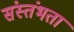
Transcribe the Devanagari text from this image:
संस्तंभता